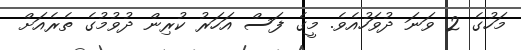
މަހުގެ 2 ވަނަ ދުވަހުއެވެ. މީގެ ފަސް އަހަރު ކުރިން ދުވުމުގެ ތެރެއަށް